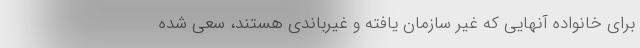
برای خانواده آنهایی که غیر سازمان یافته و غیرباندی هستند، سعی شده